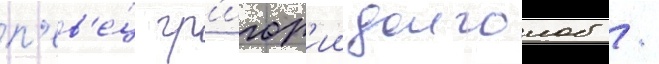
п'ев'е́ц гр'игор'ии долголоб /